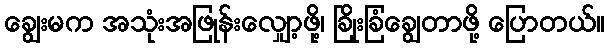
ချွေးမက အသုံးအဖြုန်းလျှော့ဖို့၊ ခြိုးခြံချွေတာဖို့ ပြောတယ်။